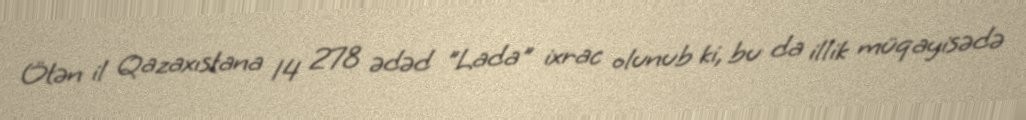
Ötən il Qazaxıstana 14 278 ədəd "Lada" ixrac olunub ki, bu da illik müqayisədə